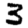
Digit: 3